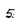
Character: 5